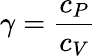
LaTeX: \gamma={\frac{c_{P}}{c_{V}}}